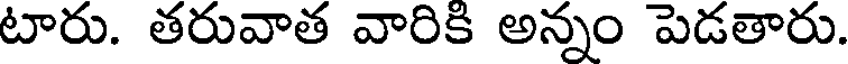
టారు. తరువాత వారికి అన్నం పెడతారు.